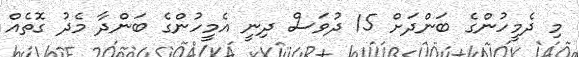
މި ދެމީހުންގެ ބަންދަށް 15 ދުވަސް ދިނީ އެމީހުންގެ ބަންދާ މެދު ގޮތެއް